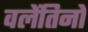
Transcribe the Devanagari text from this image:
वलेंतिनो